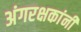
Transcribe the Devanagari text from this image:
अंगरक्षकांनी